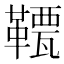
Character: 𩌯